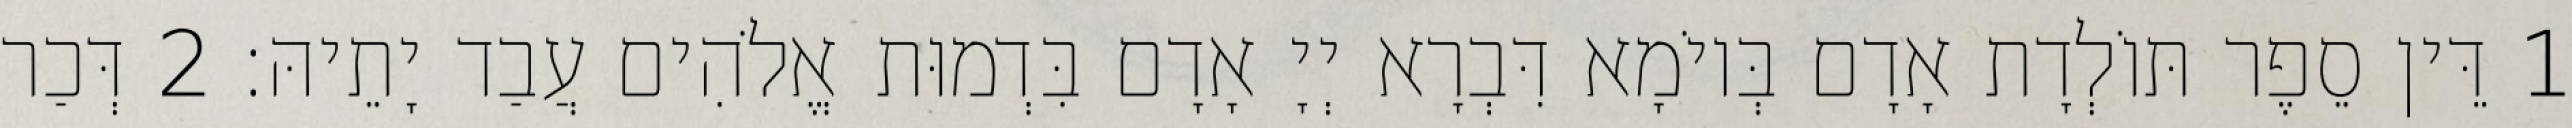
1 דֵּין סֵפֶר תּוֹלְדָת אָדָם בְּיוֹמָא דִּבְרָא יְיָ אָדָם בִּדְמוּת אֱלֹהִים עֲבַד יָתֵיהּ׃ 2 דְּכַר